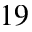
^ { 1 9 }